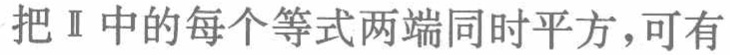
把Ⅱ中的每个等式两端同时平方，可有